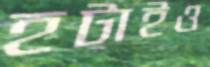
হটাইও